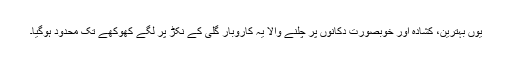
یوں بہترین، کشادہ اور خوبصورت دکانوں پر چلنے والا یہ کاروبار گلی کے نکڑ پر لگے کھوکھے تک محدود ہوگیا۔